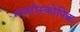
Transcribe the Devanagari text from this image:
गायरोस्कोपिक